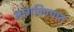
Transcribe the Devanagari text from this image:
भागविण्यात